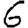
Digit: 6